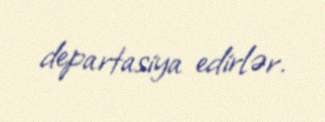
departasiya edirlər.